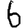
Digit: 6